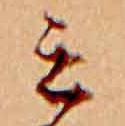
ミ